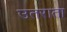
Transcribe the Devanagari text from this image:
उतराता